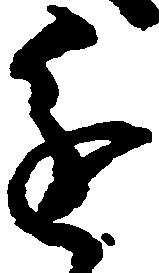
進